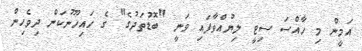
އަމީން މި ހާއްސަ ސިޓީ ލިޔުއްވާފައި ވަނީ "ބޮޑުތަދުގެ" ގެ ހައިހޫނުކަން ދިވެހިން